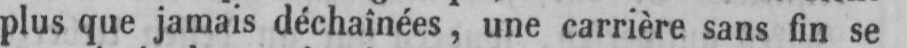
plus que jamais déchaînées, une carrière sans fin se